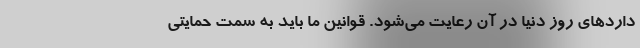
داردهای روز دنیا در آن رعایت می‌شود. قوانین ما باید به سمت حمایتی